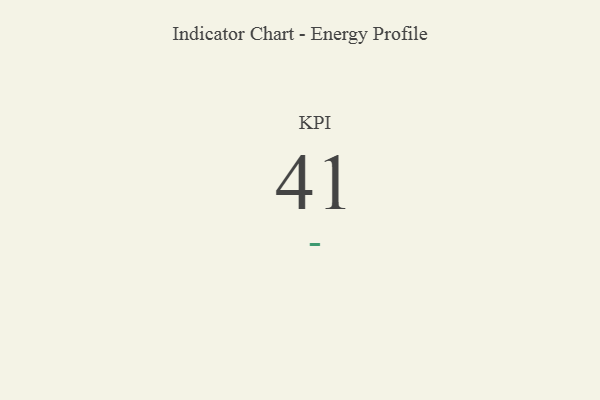
{"axis": {"x": "KPI", "y": "Value"}, "legend": [""], "data": [{"x": "KPI", "y": 41, "type": ""}]}